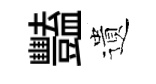
豔遺